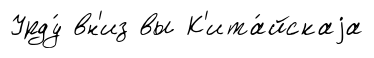
Урду́ вн'из вы К'ита́йскаjа